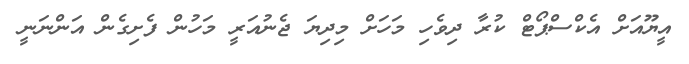
އީޔޫއަށް އެކްސްޕޯޓް ކުރާ ދިވެހި މަހަށް މިދިޔަ ޖެނުއަރީ މަހުން ފެށިގެން އަންނަނީ